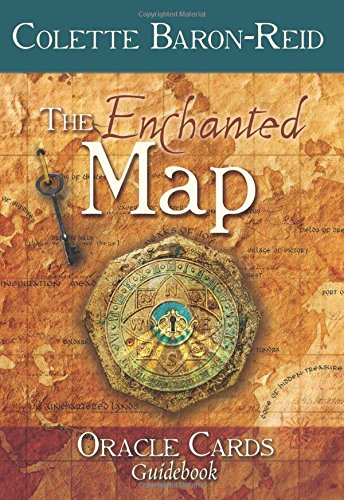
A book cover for The Enchanted Map Oracle Cards; Colette Baron-Reid; Religion & Spirituality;